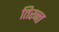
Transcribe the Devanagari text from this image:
तिरन्त